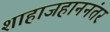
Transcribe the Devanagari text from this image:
शाहाजहाननंतर